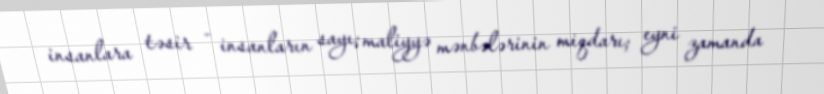
insanlara təsir - insanların sayı; maliyyə mənbələrinin miqdarı; eyni zamanda